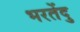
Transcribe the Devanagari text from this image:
भरतेंदु